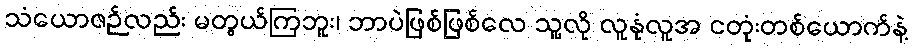
သံယောဇဉ်လည်း မတွယ်ကြဘူး၊ ဘာပဲဖြစ်ဖြစ်လေ သူ့လို လူနုံလူအ ငတုံးတစ်ယောက်နဲ့